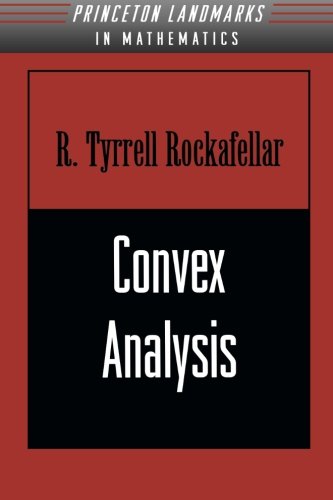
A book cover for Convex Analysis (Princeton Landmarks in Mathematics and Physics); Ralph Tyrell Rockafellar; Science & Math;